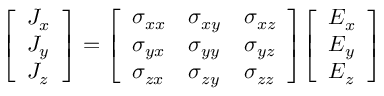
{ \left[ \begin{array} { l } { J _ { x } } \\ { J _ { y } } \\ { J _ { z } } \end{array} \right] } = { \left[ \begin{array} { l l l } { \sigma _ { x x } } & { \sigma _ { x y } } & { \sigma _ { x z } } \\ { \sigma _ { y x } } & { \sigma _ { y y } } & { \sigma _ { y z } } \\ { \sigma _ { z x } } & { \sigma _ { z y } } & { \sigma _ { z z } } \end{array} \right] } { \left[ \begin{array} { l } { E _ { x } } \\ { E _ { y } } \\ { E _ { z } } \end{array} \right] }